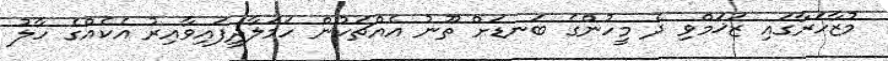
މުޒާހަރާގައި ޒަޚަމްވި ދެ މީހުންގެ ބަނޑަށް ތޫނު އެއްޗަކުން ހަމަލާދީފައިވާއިރު އެކެއްގެ ހާލު